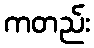
ကတည်း